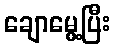
ချောမွေ့ပြီး